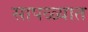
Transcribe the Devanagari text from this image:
सापळ्यात